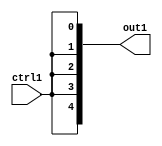
`timescale 1ps / 1ps

// Generated by Cadence Genus(TM) Synthesis Solution 17.11-s014_1
// Generated on: Dec 28 2020 13:26:14 KST (Dec 28 2020 04:26:14 UTC)

module fix2float_Muxi31i0u1_4_0(ctrl1, out1);
  input ctrl1;
  output [4:0] out1;
  wire ctrl1;
  wire [4:0] out1;
  assign out1[0] = ctrl1;
  assign out1[1] = ctrl1;
  assign out1[2] = ctrl1;
  assign out1[3] = ctrl1;
  assign out1[4] = ctrl1;
endmodule